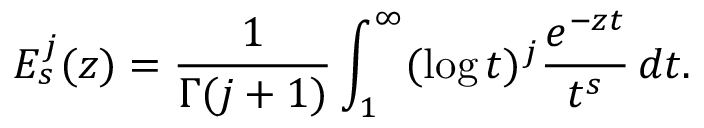
E _ { s } ^ { j } ( z ) = { \frac { 1 } { \Gamma ( j + 1 ) } } \int _ { 1 } ^ { \infty } ( \log t ) ^ { j } { \frac { e ^ { - z t } } { t ^ { s } } } \, d t .